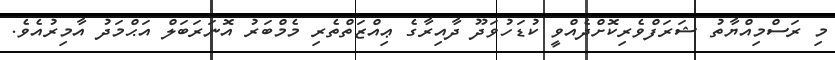
މި ރަސްމިއްޔާތު ޝަރަފްވެރިކޮށްދެއްވީ ކުޑަހުވަދޫ ދާއިރާގެ ޢިއްޒަތްތެރި މެމްބަރު އޮނަރަބަލް އަޙްމަދު އާމިރުއެވެ.